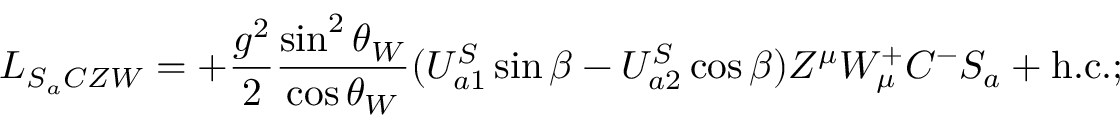
{ \cal L } _ { S _ { a } C Z W } = + \frac { g ^ { 2 } } { 2 } \frac { \sin ^ { 2 } \theta _ { W } } { \cos \theta _ { W } } ( U _ { a 1 } ^ { S } \sin \beta - U _ { a 2 } ^ { S } \cos \beta ) Z ^ { \mu } W _ { \mu } ^ { + } C ^ { - } S _ { a } + \mathrm { h . c . } ;